Report of the Indian Hemp Drugs Commission, 1894-1895 - Volume VII
Year: 1894
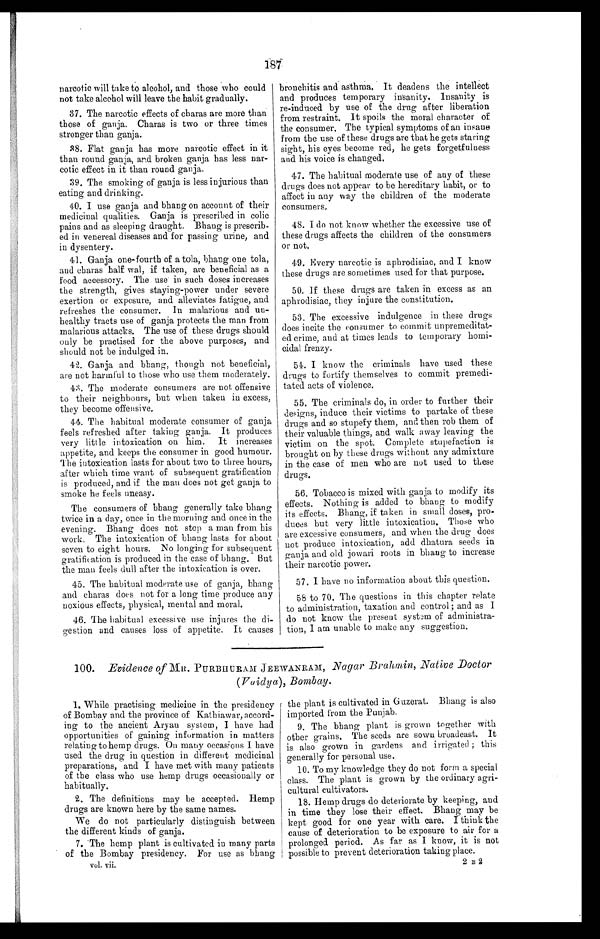
187
narcotic will take to alcohol, and those who could
not take alcohol will leave the habit gradually.
37. The narcotic effects of charas are more than
those of ganja. Charas is two or three times
stronger than ganja.
38. Flat ganja has more narcotic effect in it
than round ganja, and broken ganja has less nar-
cotic effect in it than round ganja.
39. The smoking of ganja is less injurious than
eating and drinking.
40. I use ganja and bhang on account of their
medicinal qualities. Ganja is prescribed in colic
pains and as sleeping draught. Bhang is prescrib-
ed in venereal diseases and for passing urine, and
in dysentery.
41. Ganja one-fourth of a tola, bhang one tola,
and charas half wal, if taken, are beneficial as a
food accessory. The use in such doses increases
the strength, gives staying-power under severe
exertion or exposure, and alleviates fatigue, and
refreshes the consumer. In malarious and un-
healthy tracts use of ganja protects the man from
malarious attacks. The use of these drugs should
only be practised for the above purposes, and
should not be indulged in.
42. Ganja and bhang, though not beneficial,
are not harmful to those who use them moderately.
43. The moderate consumers are not offensive
to their neighbours, but when taken in excess,
they become offensive.
44. The habitual moderate consumer of ganja
feels refreshed after taking ganja. It produces
very little intoxication on him. It increases
appetite, and keeps the consumer in good humour.
The intoxication lasts for about two to three hours,
after which time want of subsequent gratification
is produced, and if the man does not get ganja to
smoke he feels uneasy.
The consumers of bhang generally take bhang
twice in a day, once in the morning and once in the
evening. Bhang does not stop a man from his
work. The intoxication of bhang lasts for about
seven to eight hours. No longing for subsequent
gratification is produced in the case of bhang. But
the man feels dull after the intoxication is over.
45. The habitual moderate use of ganja, bhang
and charas does not for a long time produce any
noxious effects, physical, mental and moral.
46. The habitual excessive use injures the di-
gestion and causes loss of appetite. It causes
bronchitis and asthma. It deadens the intellect
and produces temporary insanity. Insanity is
re-induced by use of the drug after liberation
from restraint. It spoils the moral character of
the consumer. The typical symptoms of an insane
from the use of these drugs are that he gets staring
sight, his eyes become red, he gets forgetfulness
and his voice is changed.
47. The habitual moderate use of any of these
drugs does not appear to be hereditary habit, or to
affect in any way the children of the moderate
consumers.
48. I do not know whether the excessive use of
these drugs affects the children of the consumers
or not.
49. Every narcotic is aphrodisiac, and I know
these drugs are sometimes used for that purpose.
50. If these drugs are taken in excess as an
aphrodisiac, they injure the constitution.
53. The excessive indulgence in these drugs
does incite the consumer to commit unpremeditat-
ed crime, and at times leads to temporary homi-
cidal frenzy.
54. I know the criminals have used these
drugs to fortify themselves to commit premedi-
tated acts of violence.
55. The criminals do, in order to further their
designs, induce their victims to partake of these
drugs and so stupefy them, and then rob them of
their valuable things, and walk away leaving the
victim on the spot. Complete stupefaction is
brought on by these drugs without any admixture
in the case of men who are not used to these
drugs.
56. Tobacco is mixed with ganja to modify its
effects. Nothing is added to bhang to modify
its effects. Bhang, if taken in small doses, pro-
duces but very little intoxication. Those who
are excessive consumers, and when the drug does
not produce intoxication, add dhatura seeds in
ganja and old jowari roots in bhang to increase
their narcotic power.
57. I have no information about this question.
58 to 70. The questions in this chapter relate
to administration, taxation and control ; and as I
do not know the present system of administra-
tion, I am unable to make any suggestion.
100. Evidence of MR. PURBHURAM JEEWANRAM, Nagar Brahmin, Native Doctor
(Vaidya), Bombay.
1. While practising medicine in the presidency
of Bombay and the province of Kathiawar, accord-
ing to the ancient Aryan system, I have had
opportunities of gaining information in matters
relating to hemp drugs. On many occasi ons I have
used the drug in question in different medicinal
preparations, and I have met with many patients
of the class who use hemp drugs occasionally or
habitually.
2. The definitions may be accepted. Hemp
drugs are known here by the same names.
We do not particularly distinguish between
the different kinds of ganja.
7. The hemp plant is cultivated in many parts
of the Bombay presidency. For use as bhang
vol. vii.
the plant is cultivated in Guzerat. Bhang is also
imported from the Punjab.
9. The bhang plant is grown together with
other grains. The seeds are sown broadcast. It
is also grown in gardens and irrigated ; this
generally for personal use.
10. To my knowledge they do not form a special
class. The plant is grown by the ordinary agri-
cultural cultivators.
18. Hemp drugs do deteriorate by keeping, and
in time they lose their effect. Bhang may be
kept good for one year with care. I think the
cause of deterioration to be exposure to air for a
prolonged period. As far as I know, it is not
possible to prevent deterioration taking place.
2 B 2